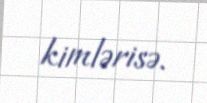
kimlərisə.